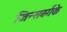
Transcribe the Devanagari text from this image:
जिन्सबर्गके